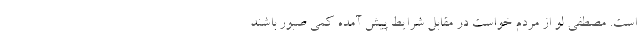
است. مصطفی لو از مردم خواست در مقابل شرایط پیش آمده کمی صبور باشند